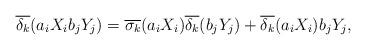
LaTeX: \begin{align*}\overline{\delta_k}(a_iX_ib_jY_j) = \overline{\sigma_k}(a_iX_i)\overline{\delta_k}(b_jY_j) + \overline{\delta_k}(a_iX_i)b_jY_j,\end{align*}